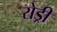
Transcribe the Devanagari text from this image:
रोड्री